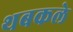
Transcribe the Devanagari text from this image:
थबकले